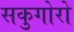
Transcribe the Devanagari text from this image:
सकुगोरो